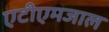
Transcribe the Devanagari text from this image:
एटीएमजाल